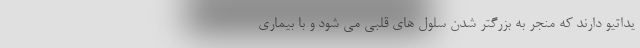
یداتیو دارند که منجر به بزرگتر شدن سلول های قلبی می شود و با بیماری